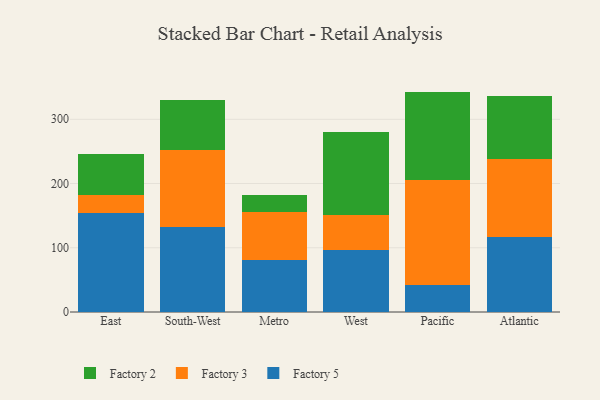
{"axis": {"x": "Region", "y": "Churn Rate (%)"}, "legend": ["Factory 2", "Factory 3", "Factory 5"], "data": [{"x": "East", "y": 153.9, "type": "Factory 5"}, {"x": "East", "y": 29.0, "type": "Factory 3"}, {"x": "East", "y": 63.8, "type": "Factory 2"}, {"x": "South-West", "y": 132.7, "type": "Factory 5"}, {"x": "South-West", "y": 120.1, "type": "Factory 3"}, {"x": "South-West", "y": 76.5, "type": "Factory 2"}, {"x": "Metro", "y": 80.6, "type": "Factory 5"}, {"x": "Metro", "y": 75.4, "type": "Factory 3"}, {"x": "Metro", "y": 25.4, "type": "Factory 2"}, {"x": "West", "y": 96.9, "type": "Factory 5"}, {"x": "West", "y": 54.4, "type": "Factory 3"}, {"x": "West", "y": 129.5, "type": "Factory 2"}, {"x": "Pacific", "y": 42.6, "type": "Factory 5"}, {"x": "Pacific", "y": 163.3, "type": "Factory 3"}, {"x": "Pacific", "y": 137.2, "type": "Factory 2"}, {"x": "Atlantic", "y": 116.0, "type": "Factory 5"}, {"x": "Atlantic", "y": 122.4, "type": "Factory 3"}, {"x": "Atlantic", "y": 97.6, "type": "Factory 2"}]}